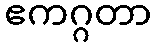
ဧကဂ္ဂတာ